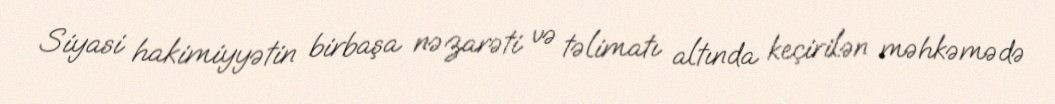
Siyasi hakimiyyətin birbaşa nəzarəti və təlimatı altında keçirilən məhkəmədə